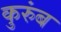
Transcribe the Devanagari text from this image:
कुरुंब